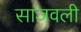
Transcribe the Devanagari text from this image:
साजवली